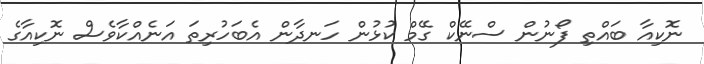
ނޮކިއާ ބައްތި ފޯނުން ސްނޭކް ގޭމް ކުޅުން ހަނދާން އެބަހުރިތަ އަނެއްކާވެސް ނޮކިއާގެ